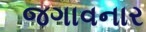
જગાવનાર